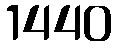
1440